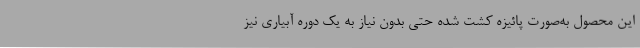
این محصول به‌صورت پائیزه کشت شده حتی بدون نیاز به یک دوره آبیاری نیز